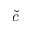
\check { c }